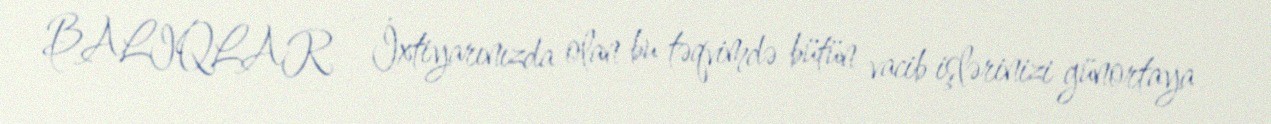
BALIQLAR - İxtiyarınızda olan bu təqvimdə bütün vacib işlərinizi günortaya